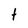
Character: t